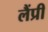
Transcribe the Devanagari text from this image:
लैंप्री